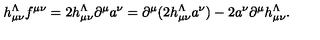
h _ { \mu \nu } ^ { \Lambda } f { } ^ { \mu \nu } = 2 h _ { \mu \nu } ^ { \Lambda } \partial ^ { \mu } a ^ { \nu } = \partial ^ { \mu } ( 2 h _ { \mu \nu } ^ { \Lambda } a ^ { \nu } ) - 2 a ^ { \nu } \partial ^ { \mu } h _ { \mu \nu } ^ { \Lambda } .